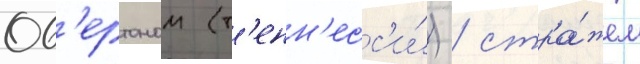
Ов'ертоном (т'енн'есс'и́) / стра́жем